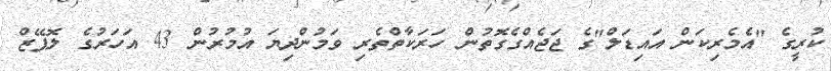
ކުރީގެ "އެމެރިކަން އައިޑަލް"ގެ ޖަޖެއްގެގޮތުން ހަރަކާތްތެރި ވަމުންދިޔަ އުމުރުން 43 އަހަރުގެ ލޮޕޭޒް